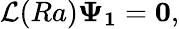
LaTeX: \mathcal{L}(Ra)\mathbf{\Psi_{1}}=\mathbf{0},